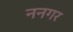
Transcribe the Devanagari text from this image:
ननगर